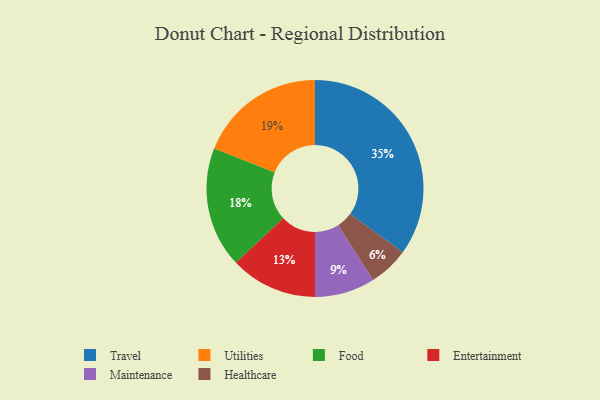
{"axis": {"x": "Category", "y": "Percentage"}, "legend": ["Entertainment", "Food", "Healthcare", "Maintenance", "Travel", "Utilities"], "data": [{"x": "Travel", "y": 35, "type": "Travel"}, {"x": "Food", "y": 18, "type": "Food"}, {"x": "Healthcare", "y": 6, "type": "Healthcare"}, {"x": "Utilities", "y": 19, "type": "Utilities"}, {"x": "Entertainment", "y": 13, "type": "Entertainment"}, {"x": "Maintenance", "y": 9, "type": "Maintenance"}]}